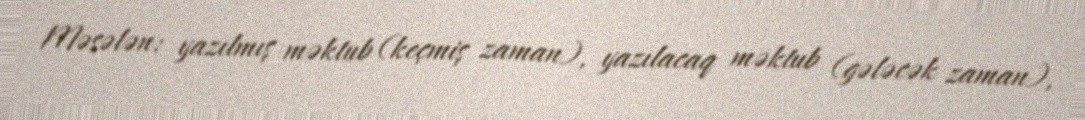
Məsələn: yazılmış məktub (keçmiş zaman), yazılacaq məktub (gələcək zaman),